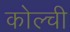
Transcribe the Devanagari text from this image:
कोल्ची